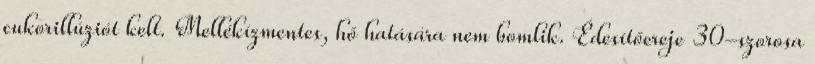
cukorillúziót kelt. Mellékízmentes, hő hatására nem bomlik. Édesítőereje 30-szorosa